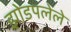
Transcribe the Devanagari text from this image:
झोडपलेले